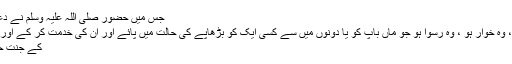
جس میں حضور صلی اللہ علیہ وسلم نے دعا فرمائی ہے ”
وہ آدمی ذلیل ہو، وہ خوار ہو ، وہ رسوا ہو جو ماں باپ کو یا دونوں میں سے کسی ایک کو بڑھاپے کی حالت میں پائے اور ان کی خدمت کر کے اور انہیں خوش کر
کے جنت حاصل نہ کرے۔